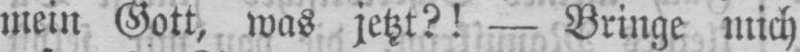
mein Gott, was jetzt?! - Bringe mich